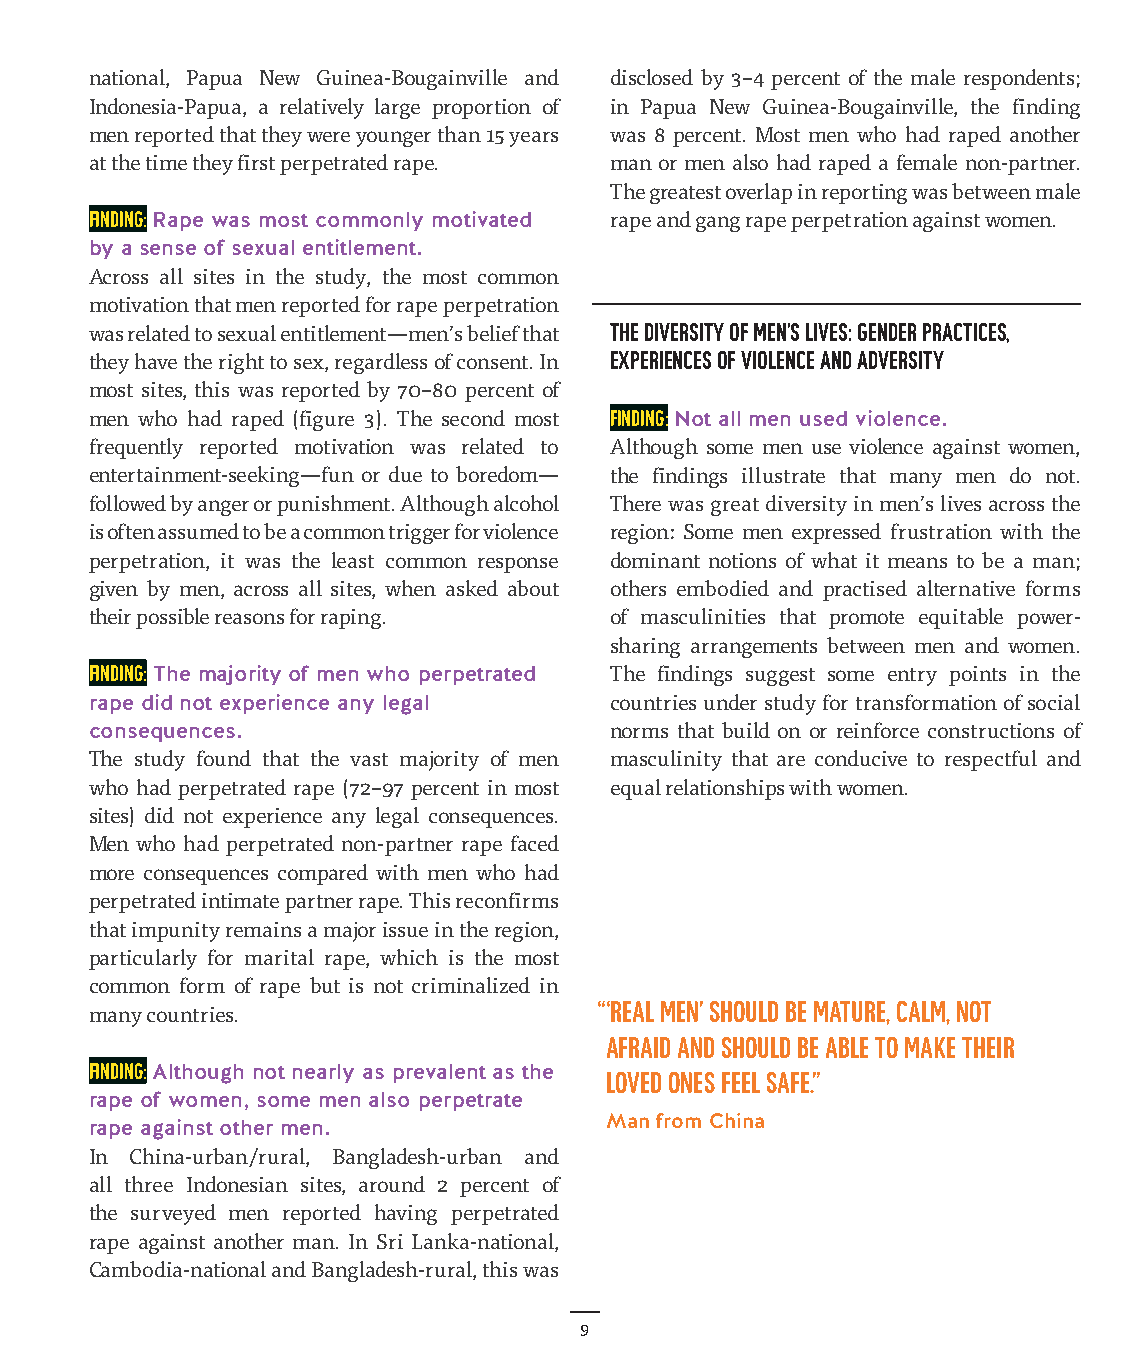
national, Papua New Guinea-Bougainville and disclosed by 3–4 percent of the male respondents;
 Indonesia-Papua, a relatively large proportion of in Papua New Guinea-Bougainville, the finding
 men reported that they were younger than 15 years was 8 percent. Most men who had raped another
 at the time they first perpetrated rape. man or men also had raped a female non-partner.
 The greatest overlap in reporting was between male
 Finding: Rape was most commonly motivated rape and gang rape perpetration against women.
 by a sense of sexual entitlement.
 Across all sites in the study, the most common
 motivation that men reported for rape perpetration
 was related to sexual entitlement—men’s belief that The diversity of men’s lives: gender practices,
 they have the right to sex, regardless of consent. In experiences of violence and adversity
 most sites, this was reported by 70–80 percent of
 men who had raped (figure 3). The second most Finding: Not all men used violence.
 frequently reported motivation was related to Although some men use violence against women,
 entertainment-seeking—fun or due to boredom— the findings illustrate that many men do not.
 followed by anger or punishment. Although alcohol There was great diversity in men’s lives across the
 is often assumed to be a common trigger for violence region: Some men expressed frustration with the
 perpetration, it was the least common response dominant notions of what it means to be a man;
 given by men, across all sites, when asked about others embodied and practised alternative forms
 their possible reasons for raping. of masculinities that promote equitable power-
 sharing arrangements between men and women.
 Finding: The majority of men who perpetrated The findings suggest some entry points in the
 rape did not experience any legal countries under study for transformation of social
 consequences.                     norms that build on or reinforce constructions of
 The study found that the vast majority of men masculinity that are conducive to respectful and
 who had perpetrated rape (72–97 percent in most equal relationships with women.
 sites) did not experience any legal consequences.
 Men who had perpetrated non-partner rape faced
 more consequences compared with men who had
 perpetrated intimate partner rape. This reconfirms
 that impunity remains a major issue in the region,
 particularly for marital rape, which is the most
 common form of rape but is not criminalized in
 “ ‘Real men’ should be mature, calm, not
 many countries.
 afraid and should be able to make their
 Finding: Although not nearly as prevalent as the
 loved ones feel safe.”
 rape of women, some men also perpetrate
 rape against other men.           Man from China
 In China-urban/rural, Bangladesh-urban and
 all three Indonesian sites, around 2 percent of
 the surveyed men reported having perpetrated
 rape against another man. In Sri Lanka-national,
 Cambodia-national and Bangladesh-rural, this was
 9